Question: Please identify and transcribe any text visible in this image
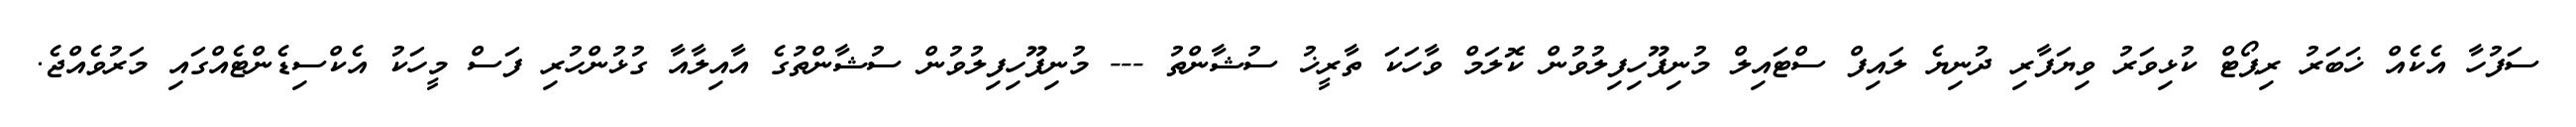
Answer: ސަފުހާ އެކެއް ޚަބަރު ރިޕޯޓް ކުޅިވަރު ވިޔަފާރި ދުނިޔެ ލައިފް ސްޓައިލް މުނިފޫހިފިލުވުން ކޮލަމް ވާހަކަ ތާރީޚު ސުޝާންތު --- މުނިފޫހިފިލުވުން ސުޝާންތުގެ އާއިލާއާ ގުޅުންހުރި ފަސް މީހަކު އެކްސިޑެންޓެއްގައި މަރުވެއްޖެ.